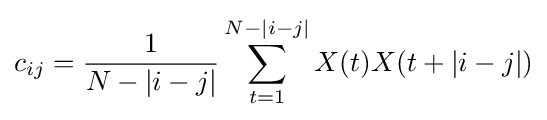
c_{ij}={\frac {1}{N-|i-j|}}\sum _{t=1}^{N-|i-j|}X(t)X(t+|i-j|)